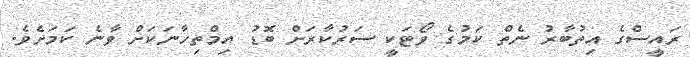
ރައީސްގެ އިތުބާރު ނެތް ކަމުގެ ވޯޓަކީ ސަރުކާރަށް ބޮޑު އިމްތިހާނަކަށް ވާނެ ކަމަށެވެ.